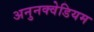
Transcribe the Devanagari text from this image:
अनुनक्वेडियम